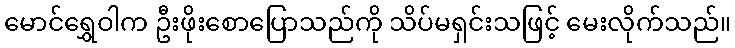
မောင်ရွှေဝါက ဦးဖိုးစောပြောသည်ကို သိပ်မရှင်းသဖြင့် မေးလိုက်သည်။